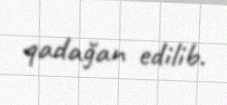
qadağan edilib.